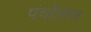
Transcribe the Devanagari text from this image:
पंचोलास